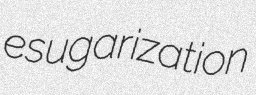
esugarization